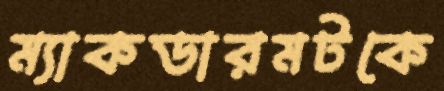
ম্যাকডারমটকে